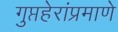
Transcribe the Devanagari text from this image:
गुप्तहेरांप्रमाणे